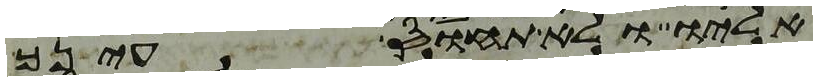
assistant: אליו ולא תחוס עינך